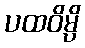
ပထဝိမ္ပိ